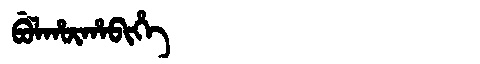
Manchu: ᠪᡠᠯᡥᡡᡥᠠᠪᡳᡥᡝ
Romanization: BULHŪHABIHE